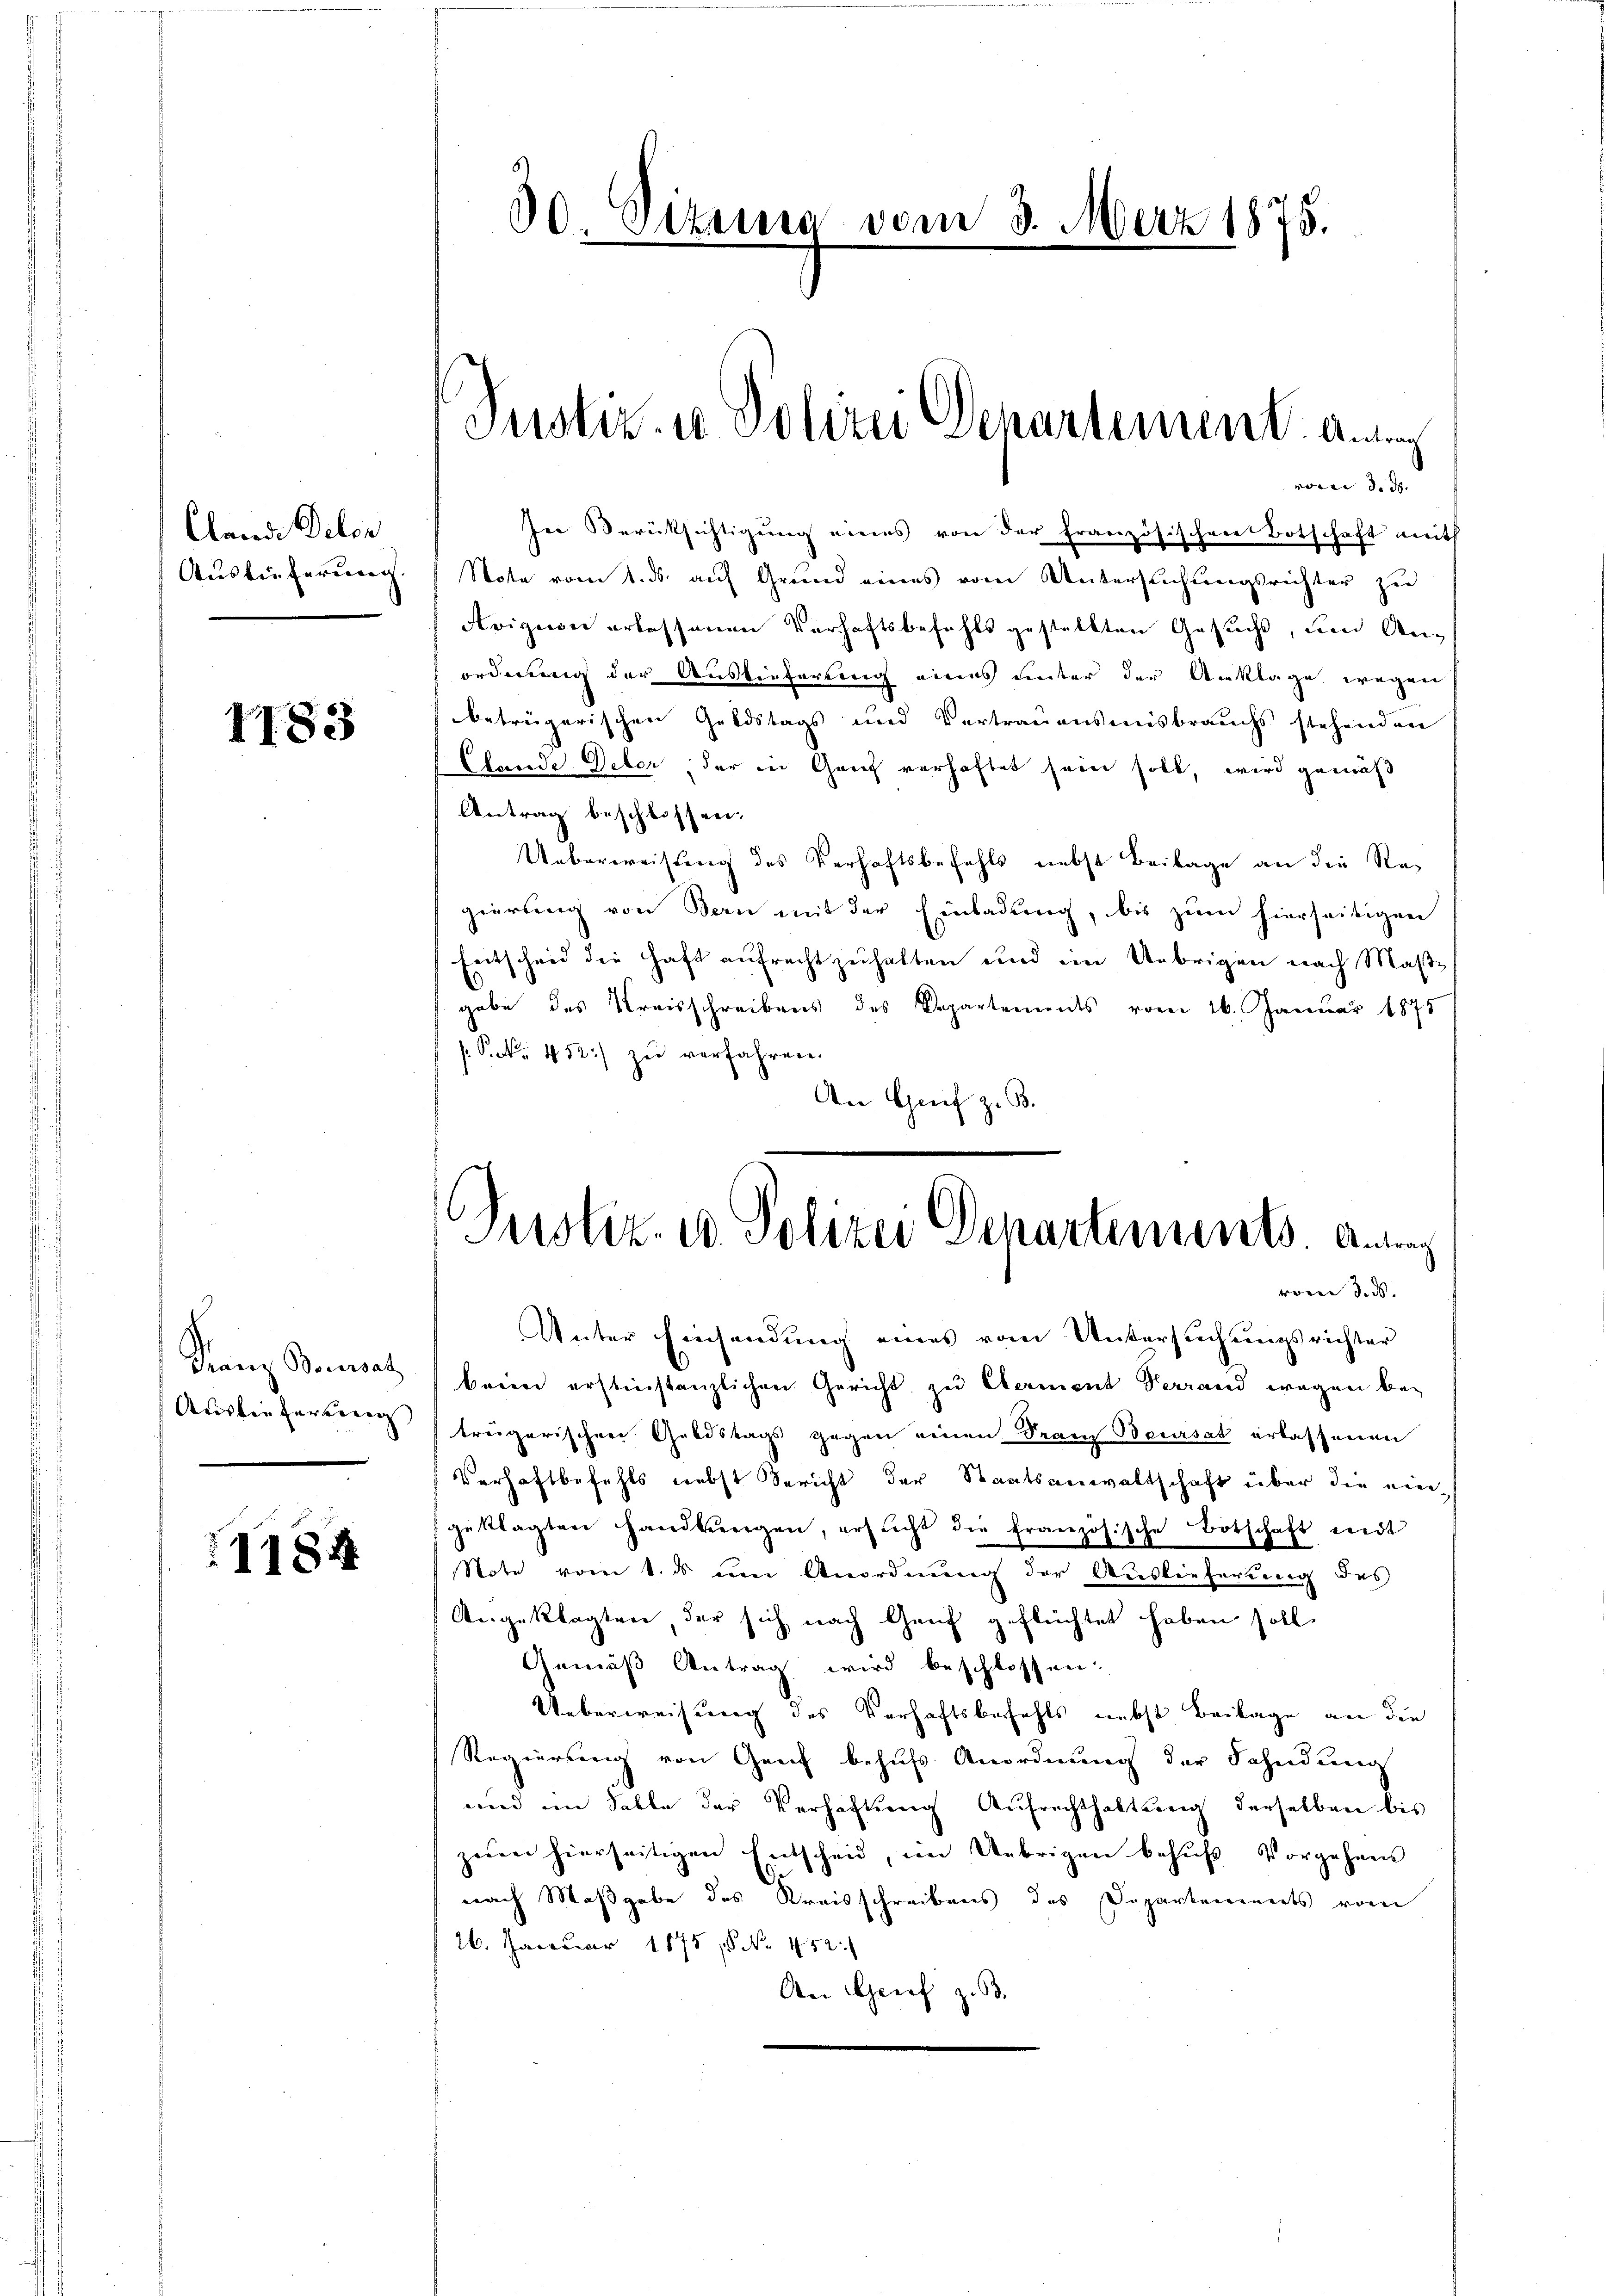
Clande Deler
Auslieferung.

1183

Franz Bonersatz
Auslieferberg

1184

30 Sizung vom 3. März 1875.

voren d. d.
In Berüksichtigung eines von der französischen Botschaft weit
Note vom 1. ds. auf Grund eines vom Untersuchungsrichter zu
Avigion erbessenen Verhaftsbefehls gestellten Gesucht, um denordnung der Ausliefertung eines unter der Anklage wegen
beträgerischen Geldstags und Vertrauensenisbrauchs stehenden
Elende Deter, der in Genf verhaftet sein soll, wird gemäß
Antrag beschlossen:
Ueberweisung des Verhaftsbefehls nebst Beilage an die Regierung von San mit der Einladung, bis zum hierseitigen
Entscheid die Haft aufrecht zuhalten und ein Uebrigen nach Maßgabe des Kreisschreibens des Departements vom 26. Januar 1875
P. 452) zu verfahren.
An Grief z. B.

Justiz- u Polizei Departement Annah

Justiz- u. Polizei Departements. Antrag

von de
Unter Einsendung eines vom Untersuchungsrichter
brien erstinstanzlichen Gericht zu Clerment Verrand wegen betregarischen Geldstags gegen einen Dran Beursat erlassenen
Verhaftbefehls nebst Bericht der Staatsanwaltschaft über die eingeklagten Handlungen, ersicht die französische Botschaft mit
Note vom 1. ds ŭm Anordnŭng der Auslieferung des
Angeklagten der sich nach Genf geflüchtet haben soll,
Gemäß Antrag wird beschlossen.
Ueberweisung des Verhaftsbefehls nebst Beilage an den
Regierung von Genf behufs Anordnung der Fahndung
und im Falle der Verhaltŭng Aufrechthaltung derselben bis
zem hierseitigen Entscheid, im Uebrigen behufs Vorgehens
nach Maßgabe des Kreisschreibens des Departements vom
26. Januar 1875, No. 452.
Aer Genf z. B. |